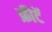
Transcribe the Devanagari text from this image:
फ्रीटें